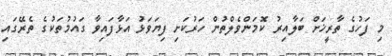
މި ފަހުގެ ތާރީޚަށް ބަލާއިރު ކޮމަންވެލްތުން ހަރުކަށި ފިޔަވަޅު އަޅާފައިވާ ގައުމުތަކުގެ ތެރޭގައި